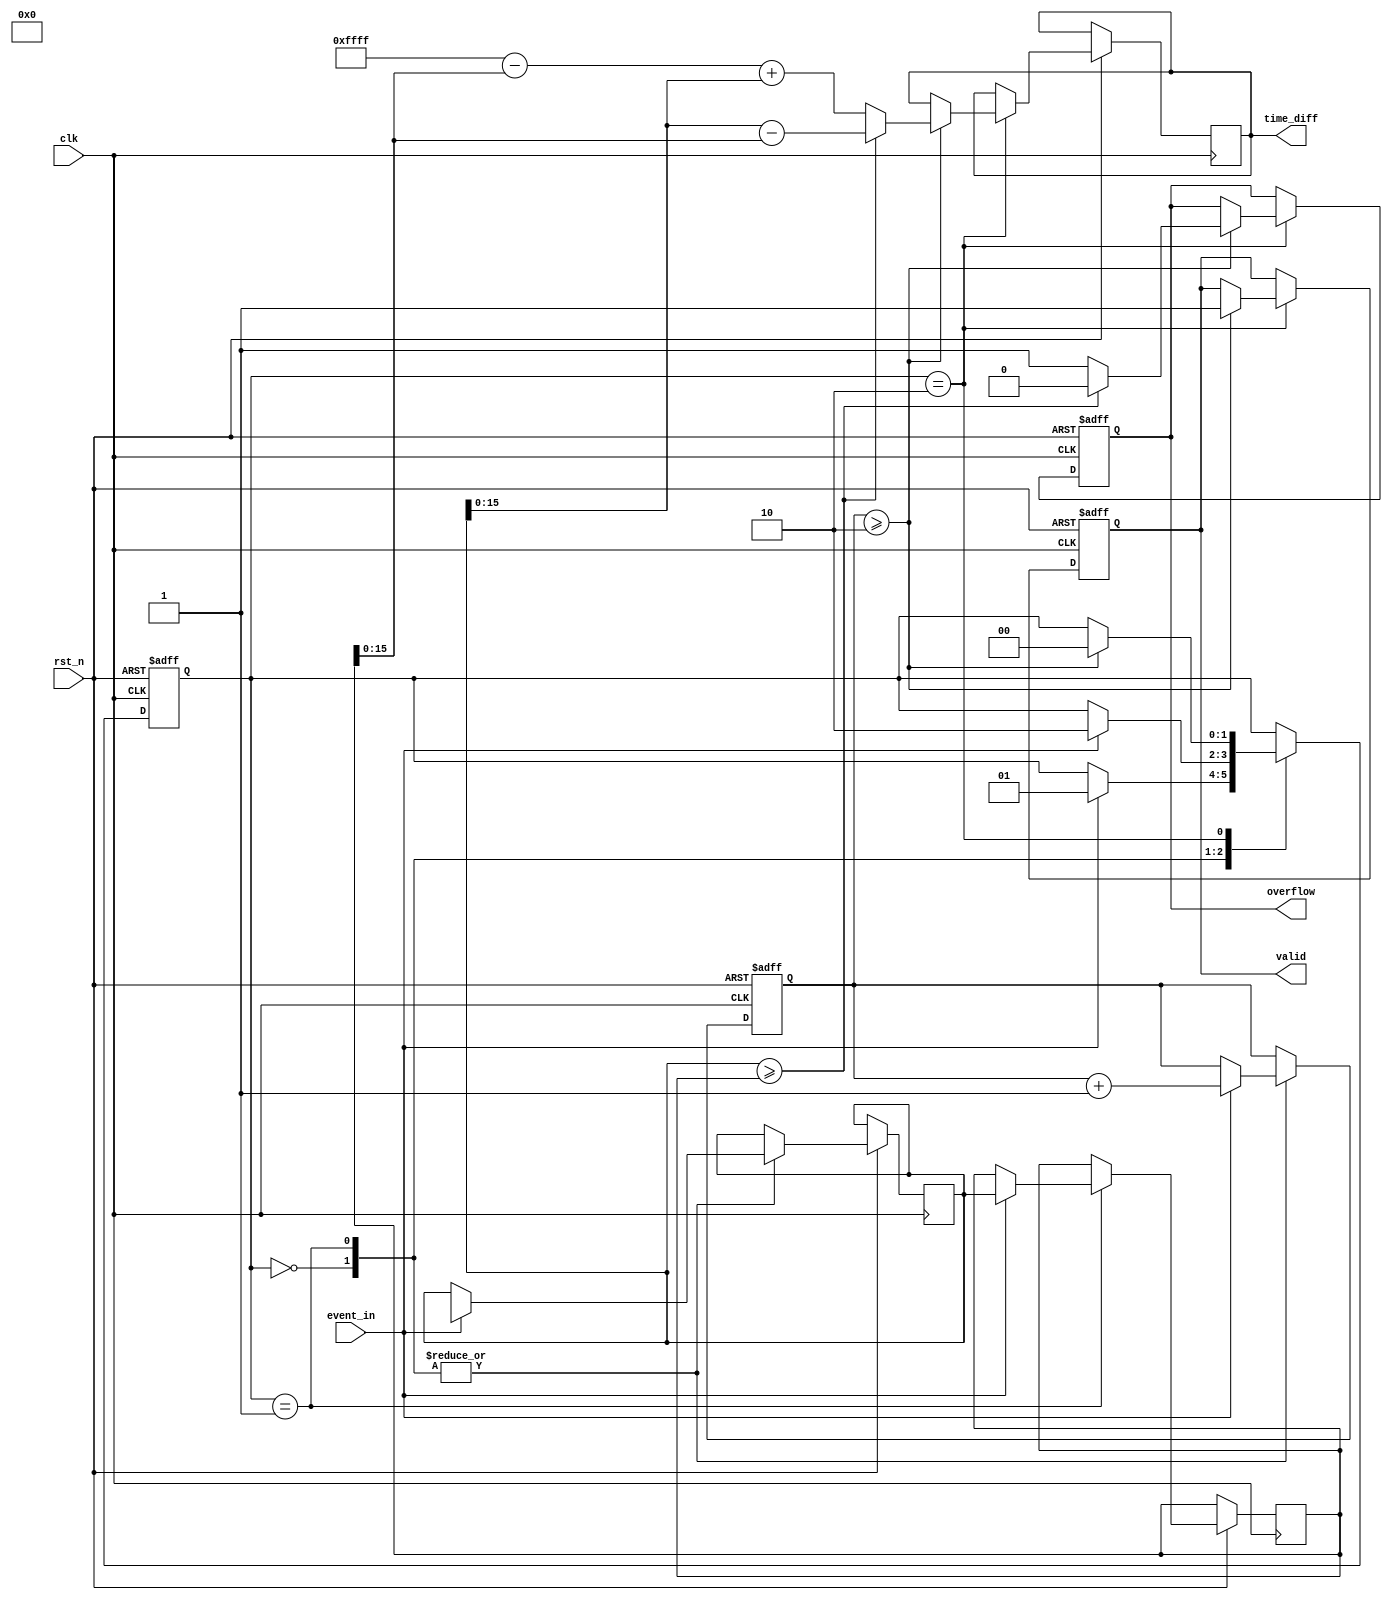
module TDC (
    input wire clk,                    // Main clock
    input wire rst_n,                  // Active low reset
    input wire event_in,               // Input event signal
    output reg [15:0] time_diff,       // Output time difference
    output reg overflow,                // Overflow flag
    output reg valid                   // Valid output flag
);

    // Parameters for timestamp memory
    parameter ADDR_WIDTH = 4;          // Address width for timestamp memory
    parameter MEM_DEPTH = 1 << ADDR_WIDTH; // Depth of the memory (16 entries)

    // Timestamp memory
    reg [31:0] timestamp_mem[0:MEM_DEPTH-1]; // Memory for timestamps
    reg [ADDR_WIDTH-1:0] write_addr;         // Write address for memory
    reg [ADDR_WIDTH-1:0] read_addr;          // Read address for memory
    reg event_detected;                       // Event detected flag
    reg [31:0] last_timestamp;                // Last recorded timestamp
    reg [31:0] current_timestamp;             // Current recorded timestamp
    reg [1:0] state;                          // FSM state
    reg [1:0] next_state;                     // Next state for FSM

    // State encoding
    localparam IDLE = 2'b00,
               CAPTURE = 2'b01,
               PROCESS = 2'b10;

    // Event detection and timestamp recording
    always @(posedge clk or negedge rst_n) begin
        if (!rst_n) begin
            write_addr <= 0;
            valid <= 0;
            overflow <= 0;
            state <= IDLE;
        end else begin
            case (state)
                IDLE: begin
                    if (event_in) begin
                        current_timestamp <= $time; // Capture current time
                        timestamp_mem[write_addr] <= current_timestamp;
                        write_addr <= write_addr + 1;
                        state <= CAPTURE;
                    end
                end
                CAPTURE: begin
                    if (event_in) begin
                        last_timestamp <= current_timestamp; // Store last timestamp
                        current_timestamp <= $time; // Update current timestamp
                        timestamp_mem[write_addr] <= current_timestamp;
                        write_addr <= write_addr + 1;
                        state <= PROCESS; // Move to processing
                    end
                end
                PROCESS: begin
                    if (write_addr >= 2) begin // Ensure we have at least two timestamps
                        // Calculate time difference
                        if (current_timestamp >= last_timestamp) begin
                            time_diff <= current_timestamp - last_timestamp;
                            overflow <= 0;
                        end else begin
                            time_diff <= 32'hFFFFFFFF - last_timestamp + current_timestamp;
                            overflow <= 1; // Set overflow flag
                        end
                        valid <= 1; // Indicate valid output
                        state <= IDLE; // Go back to idle
                    end
                end
            endcase
        end
    end

endmodule